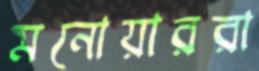
মনোয়াররা